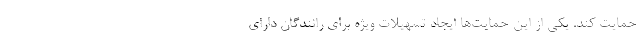
حمایت کند. یکی از این حمایت‌ها ایجاد تسهیلات ویژه برای رانندگان دارای